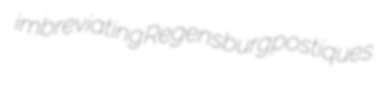
imbreviating Regensburg postiques